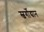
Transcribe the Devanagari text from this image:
स्वर्गोद्यान